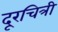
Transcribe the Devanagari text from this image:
दूरचित्री